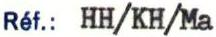
Réf.: HH/KH/Ma